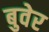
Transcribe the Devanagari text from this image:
बुवेर